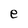
Character: e